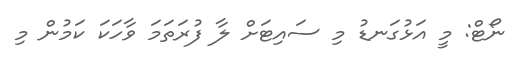
ނޯޓް: މީ އަޅުގަނޑު މި ސައިޓަށް ލާ ފުރަތަމަ ވާހަކަ ކަމުން މި